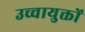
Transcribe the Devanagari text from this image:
उच्चायुक्तों